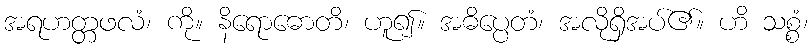
အရဟတ္တဖလံ၊ ကို။ နိရောဓောတိ၊ ဟူ၍။ အဓိပ္ပေတံ၊ အလိုရှိအပ်၏။ ဟိ သစ္စံ၊